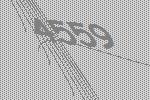
4559